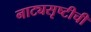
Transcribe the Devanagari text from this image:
नाट्यसृष्‍टीची